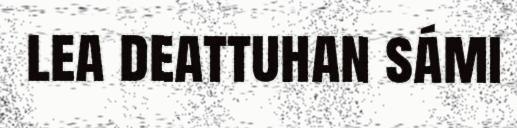
lea deattuhan sámi